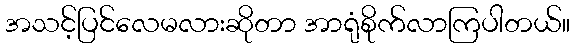
အသင့်ပြင်လေမလားဆိုတာ အာရုံစိုက်လာကြပါတယ်။